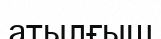
атылғыш